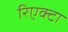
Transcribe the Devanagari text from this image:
रिएक्टा